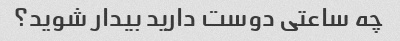
چه ساعتی دوست دارید بیدار شوید؟